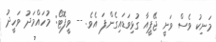
މަނިކު ވެސް ވަނީ ޖޭޕީއާ ގުޅިވަޑައިގެންފަ އެވެ. -- ވީފޮޓޯ: މުހައްމަދު ވަހީދު